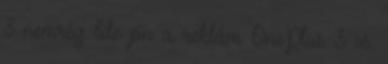
3 nemrég Ide jön a reklám OnePlus 3 vs.